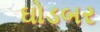
ઘોડબર